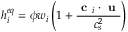
h _ { i } ^ { e q } = \phi w _ { i } \left( 1 + \frac { \textbf { c } _ { i } \cdot \textbf { u } } { c _ { s } ^ { 2 } } \right)